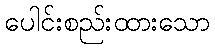
ပေါင်းစည်းထားသော